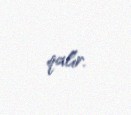
qalır.